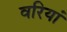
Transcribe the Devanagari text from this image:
वरियां